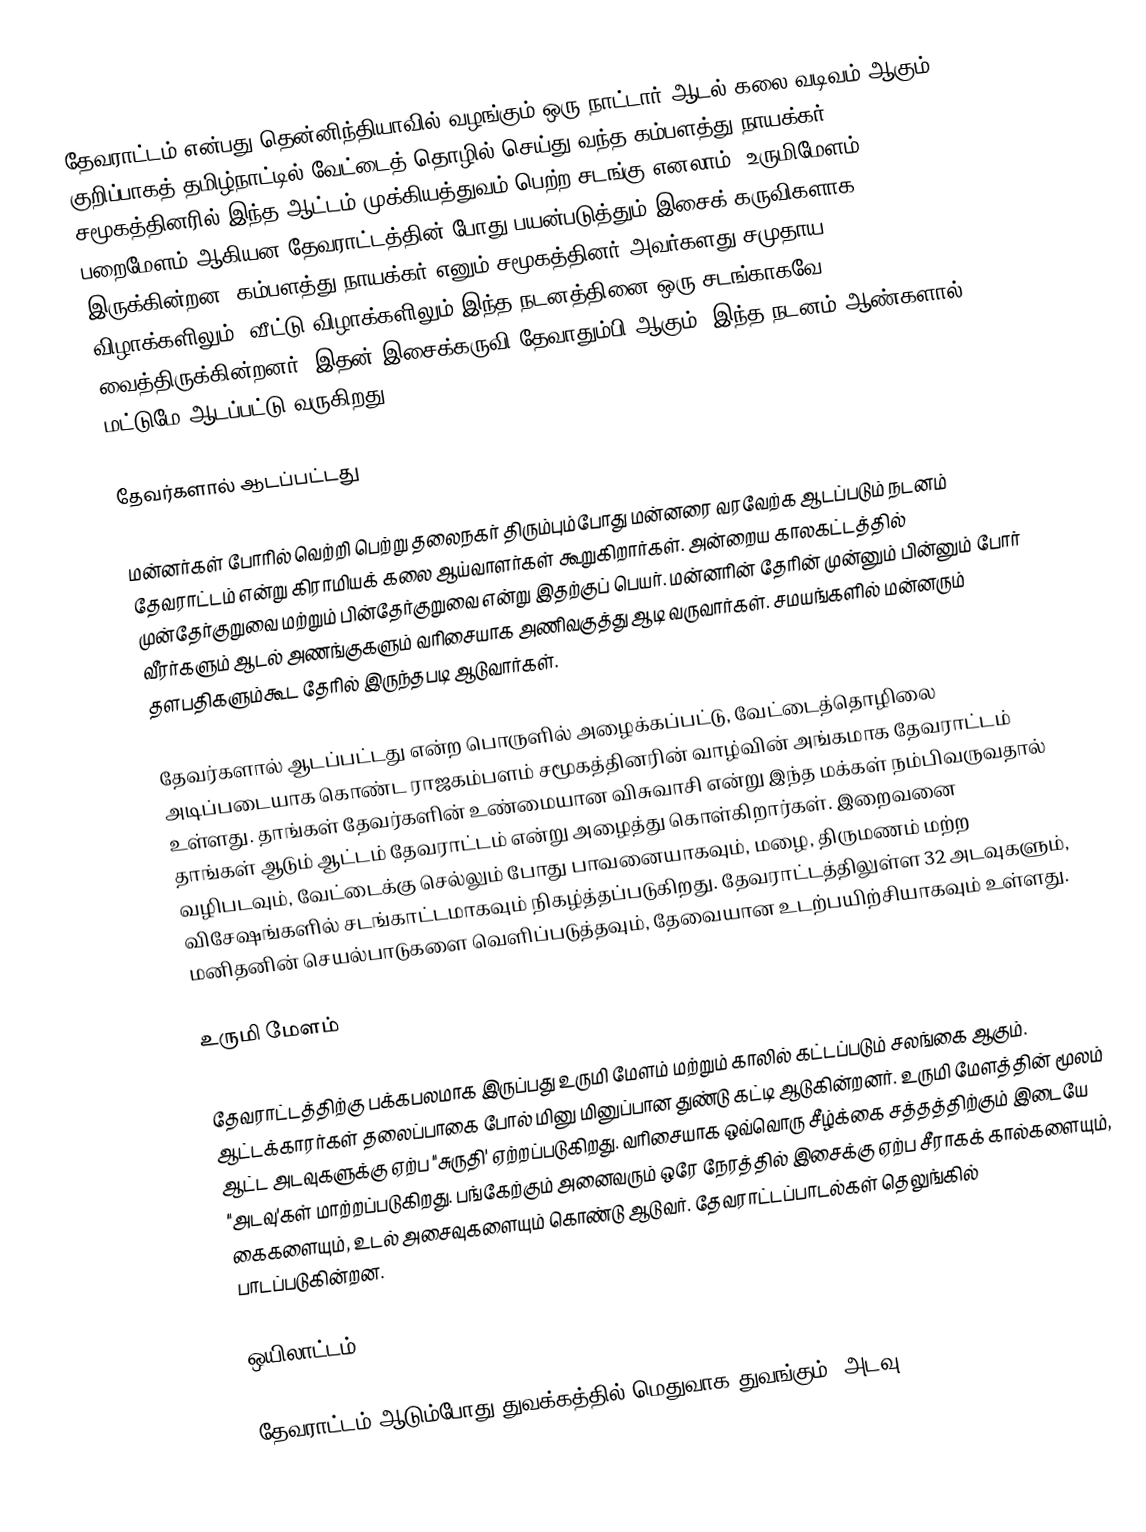
தேவராட்டம் என்பது தென்னிந்தியாவில் வழங்கும் ஒரு நாட்டார் ஆடல் கலை வடிவம் ஆகும் . குறிப்பாகத் தமிழ்நாட்டில் வேட்டைத் தொழில் செய்து வந்த கம்பளத்து நாயக்கர் சமூகத்தினரில் இந்த ஆட்டம் முக்கியத்துவம் பெற்ற சடங்கு எனலாம். உருமிமேளம், பறைமேளம் ஆகியன தேவராட்டத்தின் போது பயன்படுத்தும் இசைக் கருவிகளாக இருக்கின்றன. கம்பளத்து நாயக்கர் எனும் சமூகத்தினர் அவர்களது சமுதாய விழாக்களிலும், வீட்டு விழாக்களிலும் இந்த நடனத்தினை ஒரு சடங்காகவே வைத்திருக்கின்றனர். இதன் இசைக்கருவி தேவாதும்பி ஆகும். இந்த நடனம்  ஆண்களால் மட்டுமே ஆடப்பட்டு வருகிறது.

தேவர்களால் ஆடப்பட்டது

மன்னர்கள் போரில் வெற்றி பெற்று தலைநகர் திரும்பும்போது மன்னரை வரவேற்க ஆடப்படும் நடனம் தேவராட்டம் என்று கிராமியக் கலை ஆய்வாளர்கள் கூறுகிறார்கள். அன்றைய காலகட்டத்தில் முன்தேர்குறுவை மற்றும் பின்தேர்குறுவை என்று இதற்குப் பெயர். மன்னரின் தேரின் முன்னும் பின்னும் போர் வீரர்களும் ஆடல் அணங்குகளும் வரிசையாக அணிவகுத்து ஆடி வருவார்கள். சமயங்களில் மன்னரும் தளபதிகளும்கூட தேரில் இருந்தபடி ஆடுவார்கள்.

தேவர்களால் ஆடப்பட்டது என்ற பொருளில் அழைக்கப்பட்டு,  வேட்டைத்தொழிலை அடிப்படையாக கொண்ட ராஜகம்பளம்   சமூகத்தினரின் வாழ்வின் அங்கமாக தேவராட்டம் உள்ளது. தாங்கள் தேவர்களின் உண்மையான விசுவாசி என்று இந்த மக்கள் நம்பிவருவதால் தாங்கள் ஆடும் ஆட்டம் தேவராட்டம் என்று அழைத்து கொள்கிறார்கள். இறைவனை வழிபடவும், வேட்டைக்கு செல்லும் போது பாவனையாகவும், மழை, திருமணம் மற்ற விசேஷங்களில் சடங்காட்டமாகவும் நிகழ்த்தப்படுகிறது. தேவராட்டத்திலுள்ள 32 அடவுகளும், மனிதனின் செயல்பாடுகளை வெளிப்படுத்தவும், தேவையான உடற்பயிற்சியாகவும் உள்ளது.

உருமி மேளம்

தேவராட்டத்திற்கு பக்கபலமாக இருப்பது உருமி மேளம் மற்றும் காலில் கட்டப்படும் சலங்கை ஆகும். ஆட்டக்காரர்கள் தலைப்பாகை போல் மினு மினுப்பான துண்டு கட்டி ஆடுகின்றனர். உருமி மேளத்தின் மூலம் ஆட்ட அடவுகளுக்கு ஏற்ப "சுருதி' ஏற்றப்படுகிறது. வரிசையாக ஒவ்வொரு சீழ்க்கை சத்தத்திற்கும் இடையே "அடவு'கள் மாற்றப்படுகிறது. பங்கேற்கும் அனைவரும் ஒரே நேரத்தில் இசைக்கு ஏற்ப சீராகக் கால்களையும், கைகளையும், உடல் அசைவுகளையும் கொண்டு ஆடுவர். தேவராட்டப்பாடல்கள் தெலுங்கில் பாடப்படுகின்றன.

ஒயிலாட்டம்

தேவராட்டம் ஆடும்போது துவக்கத்தில் மெதுவாக துவங்கும் "அடவு"